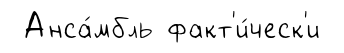
Анса́мбль факт'и́ческ'и